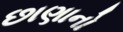
છાણાનો